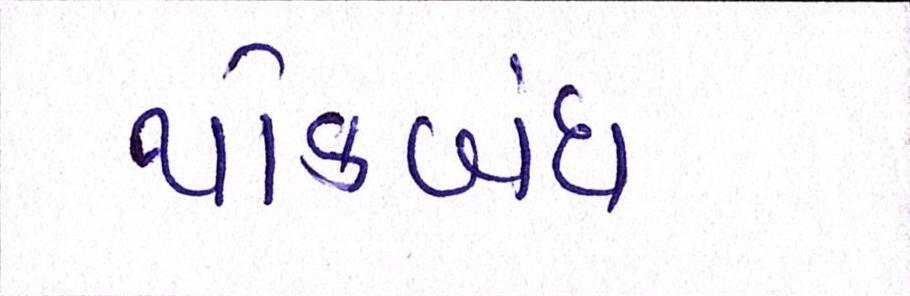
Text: થોકબંધ